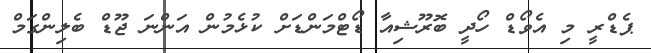
ޕެޑްރީ މި އެވޯޑް ހޯދީ ބޮރޫޝިއާ ޑޯޓްމަންޑަށް ކުޅެމުން އަންނަ ޖޫޑް ބެލިންގަމް